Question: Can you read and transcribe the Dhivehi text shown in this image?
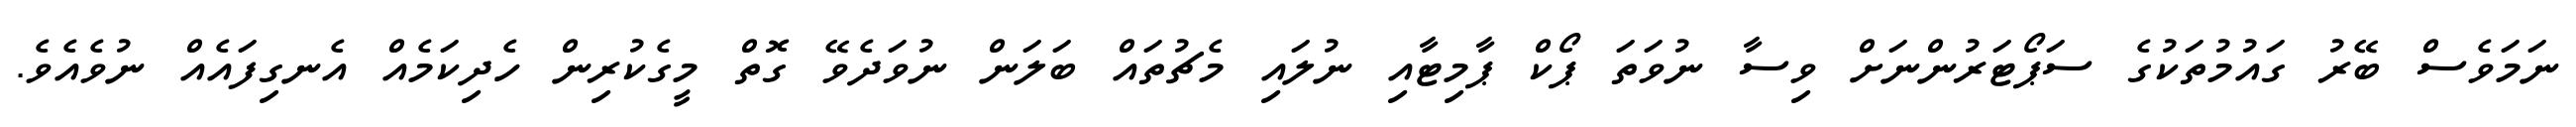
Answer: ނަމަވެސް ބޭރު ގައުމުތަކުގެ ސަޕޯޓަރުންނަށް ވިސާ ނުވަތަ ޕޯކް ޕާމިޓާއި ނުލައި މެޗުތައް ބަލަން ނުވަދެވޭ ގޮތް މީގެކުރިން ހެދިކަމެއް އެނގިފައެއް ނުވެއެވެ.